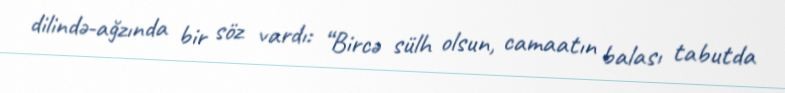
dilində-ağzında bir söz vardı: “Bircə sülh olsun, camaatın balası tabutda